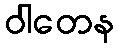
ဝါတေန